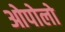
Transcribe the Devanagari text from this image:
ओपोलो